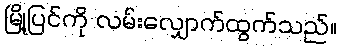
မြို့ပြင်ကို လမ်းလျှောက်ထွက်သည်။